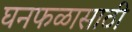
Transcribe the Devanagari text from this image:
घनफळासाठी